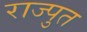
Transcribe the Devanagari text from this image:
राज्पुत